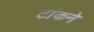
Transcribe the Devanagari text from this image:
टांकने